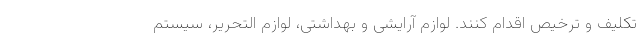
تکلیف و ترخیص اقدام کنند. لوازم آرایشی و بهداشتی، لوازم التحریر، سیستم